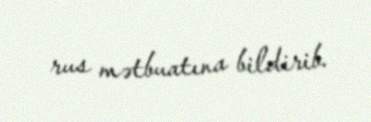
rus mətbuatına bildirib.